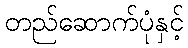
တည်ဆောက်ပုံနှင့်